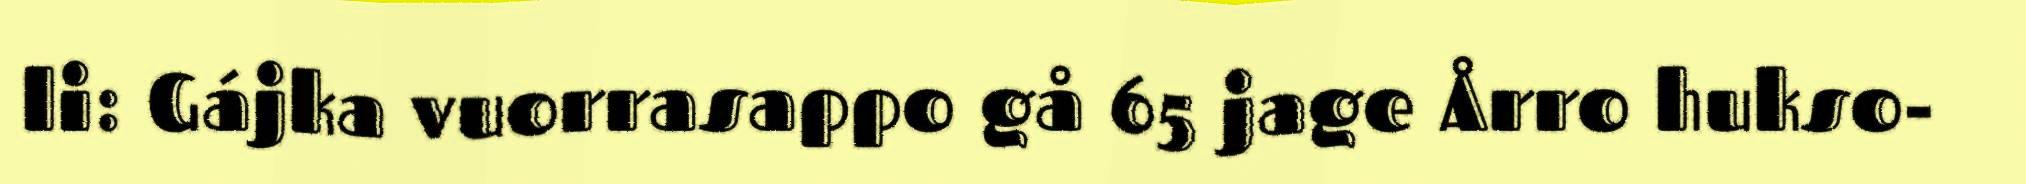
li: Gájka vuorrasappo gå 65 jage Årro hukso-